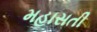
મહાસતી